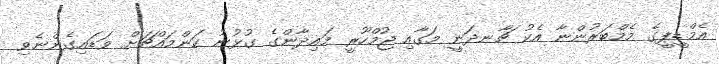
އެމްޑީޕީގެ މެމްބަރުންނާ އެކު ޗާނދަނީ މަގާއި ޖުމްހޫރީ މައިދާންގެ ގުޅުނު ކަންމައްޗަށް ވަޑައިގެންނެވި